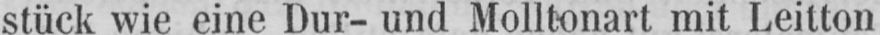
stück wie eine Dur- und Molltonart mit Leitton